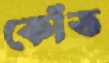
কোঁত